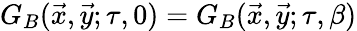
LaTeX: G_{B}(\vec{x},\vec{y};\tau,0)=G_{B}(\vec{x},\vec{y};\tau,\beta)